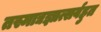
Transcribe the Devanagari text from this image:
तस्माद्यज्ञात्सर्वहुत